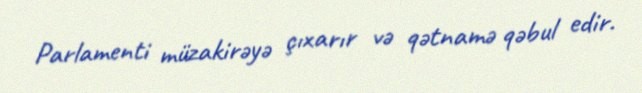
Parlamenti müzakirəyə çıxarır və qətnamə qəbul edir.